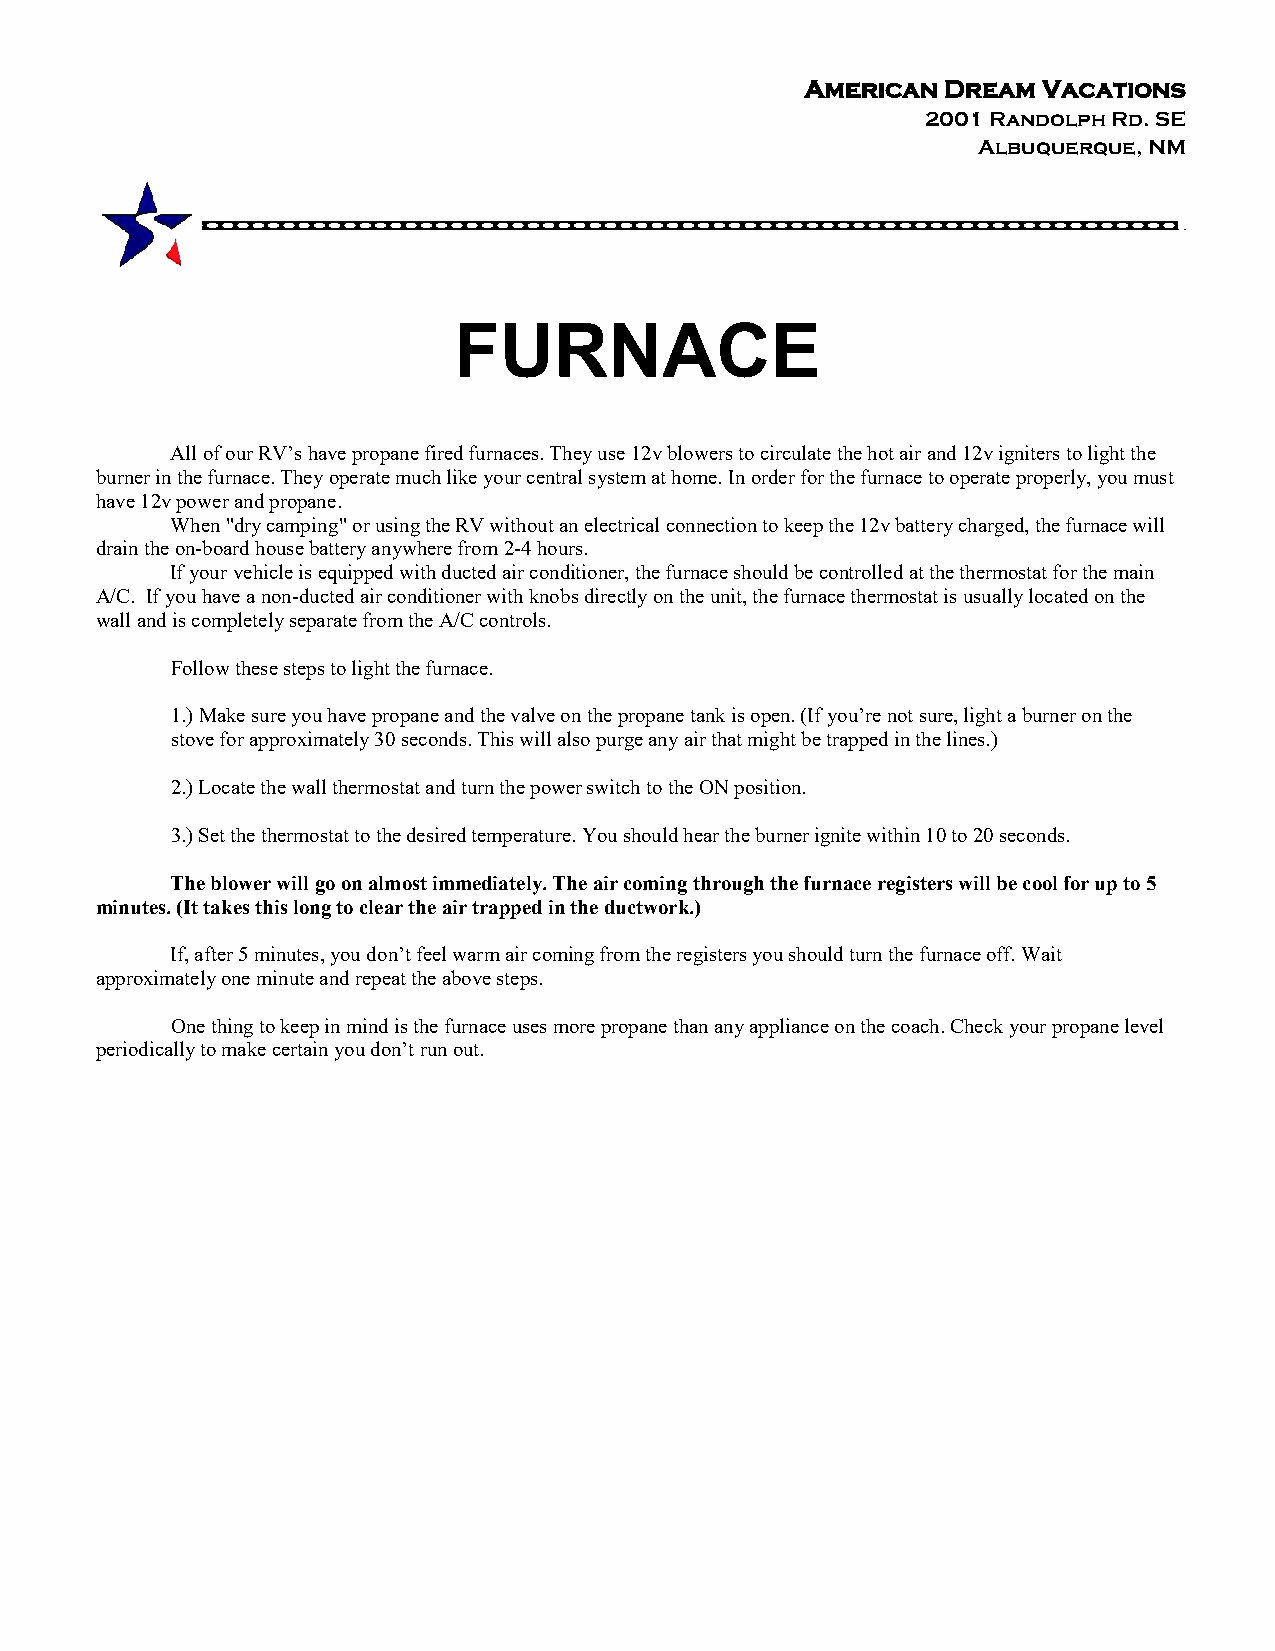
American  Dream Vacations
 2001 Randolph Rd. SE
 Albuquerque, NM
 FURNACE
 All of our RV’s have propane fired furnaces. They use 12v blowers to circulate the hot air and 12v igniters to light the
 burner in the furnace. They operate much like your central system at home. In order for the furnace to operate properly, you must
 have 12v power and propane.
 When "dry camping" or using the RV without an electrical connection to keep the 12v battery charged, the furnace will
 drain the on-board house battery anywhere from 2-4 hours.
 If your vehicle is equipped with ducted air conditioner, the furnace should be controlled at the thermostat for the main
 A/C. If you have a non-ducted air conditioner with knobs directly on the unit, the furnace thermostat is usually located on the
 wall and is completely separate from the A/C controls.
 Follow these steps to light the furnace.
 1.) Make sure you have propane and the valve on the propane tank is open. (If you’re not sure, light a burner on the
 stove for approximately 30 seconds. This will also purge any air that might be trapped in the lines.)
 2.) Locate the wall thermostat and turn the power switch to the ON position.
 3.) Set the thermostat to the desired temperature. You should hear the burner ignite within 10 to 20 seconds.
 The blower will go on almost immediately. The air coming through the furnace registers will be cool for up to 5
 minutes. (It takes this long to clear the air trapped in the ductwork.)
 If, after 5 minutes, you don’t feel warm air coming from the registers you should turn the furnace off. Wait
 approximately one minute and repeat the above steps.
 One thing to keep in mind is the furnace uses more propane than any appliance on the coach. Check your propane level
 periodically to make certain you don’t run out.